Indian journal of veterinary science and animal husbandry - Volumes 24-25, 1954-1955
Year: 1954
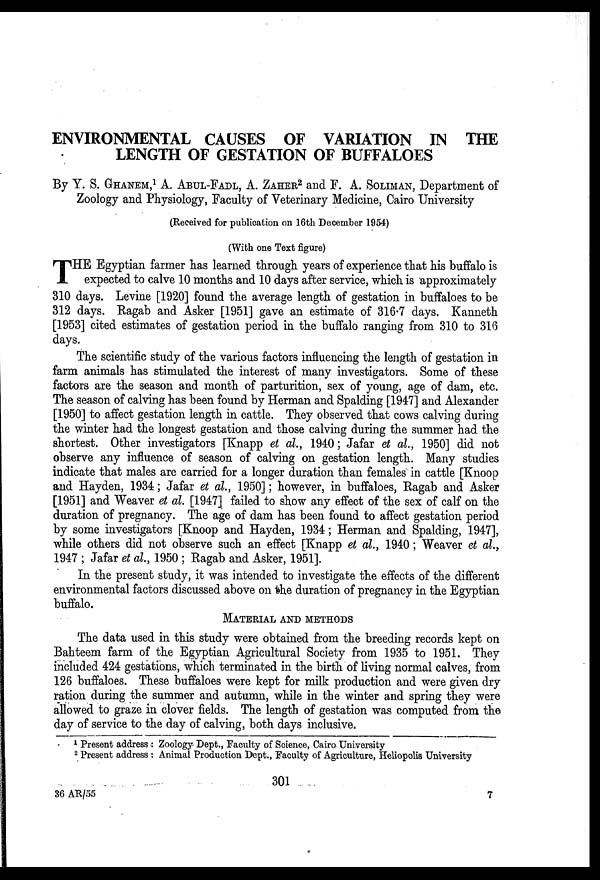
ENVIRONMENTAL CAUSES OF VARIATION IN THE
LENGTH OF GESTATION OF BUFFALOES
By Y. S. GHANEM,1 A. ABUL-FADL, A. ZAHER2 and F. A. SOLIMAN, Department of
Zoology and Physiology, Faculty of Veterinary Medicine, Cairo University
(Received for publication on 16th December 1954)
(With one Text figure)
T HE Egyptian farmer has learned through years of experience that his buffalo is
expected to calve 10 months and 10 days after service, which is approximately
310 days. Levine [1920] found the average length of gestation in buffaloes to be
312 days. Ragab and Asker [1951] gave an estimate of 316.7 days. Kanneth
[1953] cited estimates of gestation period in the buffalo ranging from 310 to 316
days.
The scientific study of the various factors influencing the length of gestation in
farm animals has stimulated the interest of many investigators. Some of these
factors are the season and month of parturition, sex of young, age of dam, etc.
The season of calving has been found by Herman and Spalding [1947] and Alexander
[1950] to affect gestation length in cattle. They observed that cows calving during
the winter had the longest gestation and those calving during the summer had the
shortest. Other investigators [Knapp et al., 1940; Jafar et al., 1950] did not
observe any influence of season of calving on gestation length. Many studies
indicate that males are carried for a longer duration than females in cattle [Knoop
and Hayden, 1934; Jafar et al., 1950]; however, in buffaloes, Ragab and Asker
[1951] and Weaver et al. [1947] failed to show any effect of the sex of calf on the
duration of pregnancy. The age of dam has been found to affect gestation period
by some investigators [Knoop and Hayden, 1934; Herman and Spalding, 1947],
while others did not observe such an effect [Knapp et al., 1940; Weaver et al.,
1947; Jafar et al., 1950; Ragab and Asker, 1951].
In the present study, it was intended to investigate the effects of the different
environmental factors discussed above on the duration of pregnancy in the Egyptian
buffalo.
MATERIAL AND METHODS
The data used in this study were obtained from the breeding records kept on
Bahteem farm of the Egyptian Agricultural Society from 1935 to 1951. They
included 424 gestations, which terminated in the birth of living normal calves, from
126 buffaloes. These buffaloes were kept for milk production and were given dry
ration during the summer and autumn, while in the winter and spring they were
allowed to graze in clover fields. The length of gestation was computed from the
day of service to the day of calving, both days inclusive.
1 Present address: Zoology Dept., Faculty of Science, Cairo University
2 Present address: Animal Production Dept., Faculty of Agriculture, Heliopolis University
301
36 AR/55
7